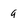
Character: q